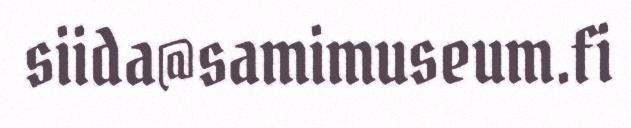
siida@samimuseum.fi